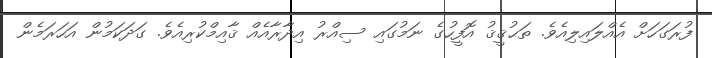
ފުރަގަހަށް އެއްލައިލިއެވެ. ތަޙުޤީޤު އޮފީހުގެ ނަމުގައި ސިއްރު އިދާރާއެއް ޤާއިމްކުރިއެވެ. ގަދަކަމުން އަހަރަމެން